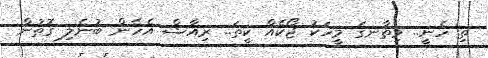
ތި ހެނީ.. މިތާނގަ މީހަކު ޖޯކެއް ކީތަ.. ރިއާޝް އެހެން ބުނެލި ގޮތުން